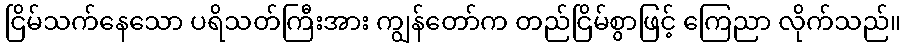
ငြိမ်သက်နေသော ပရိသတ်ကြီးအား ကျွန်တော်က တည်ငြိမ်စွာဖြင့် ကြေညာ လိုက်သည်။